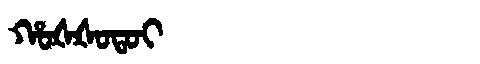
Manchu: ᡥᠣᡧᡧᠣᡨᠣᡳ
Romanization: HOŠŠOTOI